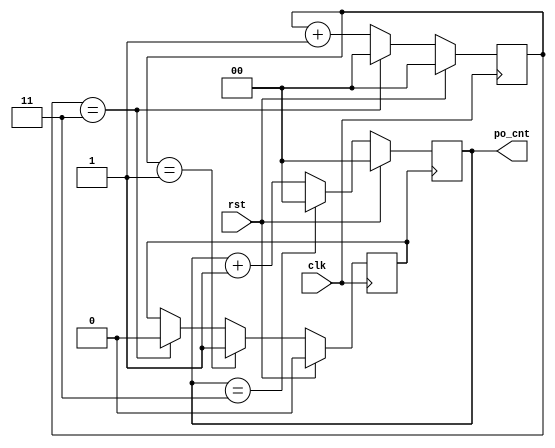
module div_clk_4(
    input   wire                  clk,
    input   wire                  rst,
    output  reg     [1:0]         po_cnt = 'd0
);
// div counter
reg     [1:0]   div_cnt;
reg             clk_4;

always @(posedge clk)begin
    if (rst == 1'b1)begin
        div_cnt <= 'd0;
    end

    else if(div_cnt == 2'd3)begin
        div_cnt <= 'd0;
    end
    else begin
        div_cnt <= div_cnt + 1'b1;
    end
end

always @(posedge clk)begin
    if (rst == 1'b1) begin
        clk_4 <= 1'b0;
    end
    else if (div_cnt == 2'd1)begin
        clk_4 <= 1'b1;
    end
    else if (div_cnt == 2'd3)begin
        clk_4 <= 1'b0;
    end
end

always @(posedge clk_4)begin
    if(rst == 1'b1)begin
        po_cnt <= 'd0;
    end
    else if(po_cnt == 2'd3)begin
        po_cnt <= 'd0;
    end
    else begin
        po_cnt <= po_cnt + 1'b1;
    end
end

endmodule